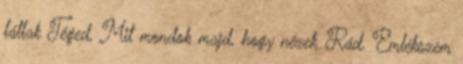
látlak Téged, Mit mondok majd, hogy nézek Rád. Emlékszem